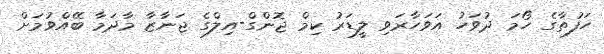
ހަފުތާގެ ހޯމަ ދުވަހު އަވަހާރަވި ލީޑަރު ކިމް ޖޮންގް-އިލްގެ ޖަނާޒާ މާދަމާ ބޭއްވުމަށް